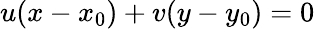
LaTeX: u(x-x_{0})+v(y-y_{0})=0